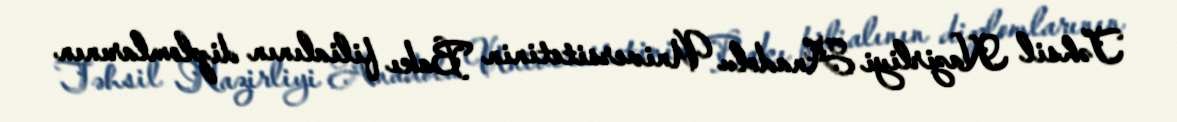
Təhsil Nazirliyi Anadolu Universitetinin Bakı filialının diplomlarının